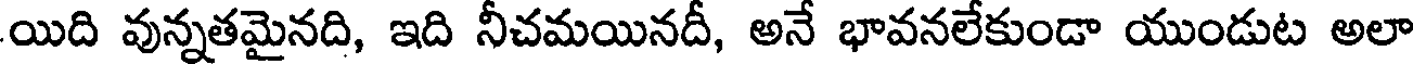
యిది వున్నతమైనది, ఇది నీచమయినదీ, అనే భావనలేకుండా యుండుట అలా